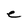
Character: e